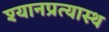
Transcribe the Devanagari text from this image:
श्यानप्रत्यास्थ